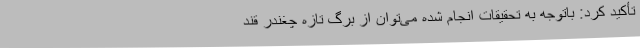
تأکید کرد: باتوجه به تحقیقات انجام شده می‌توان از برگ تازه چغندر قند